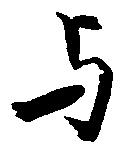
与